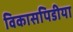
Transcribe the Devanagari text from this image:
विकासपिडीया